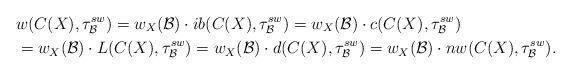
LaTeX: \begin{align*}&w(C(X),\tau_{\mathcal{B}}^{sw})=w_X(\mathcal{B})\cdot ib(C(X),\tau_{\mathcal{B}}^{sw})=w_X(\mathcal{B})\cdot c(C(X),\tau_{\mathcal{B}}^{sw})\\ &=w_X(\mathcal{B})\cdot L(C(X),\tau_{\mathcal{B}}^{sw})=w_X(\mathcal{B})\cdot d(C(X),\tau_{\mathcal{B}}^{sw})=w_X(\mathcal{B})\cdot nw(C(X),\tau_{\mathcal{B}}^{sw}).\end{align*}